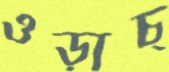
ওড়াচ্